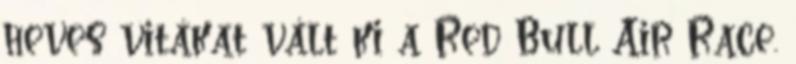
heves vitákat vált ki a Red Bull Air Race.